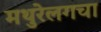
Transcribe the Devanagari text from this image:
मथुरेलगचा